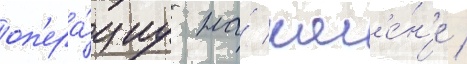
оп'ера́циу на́ кол'е́н'е /